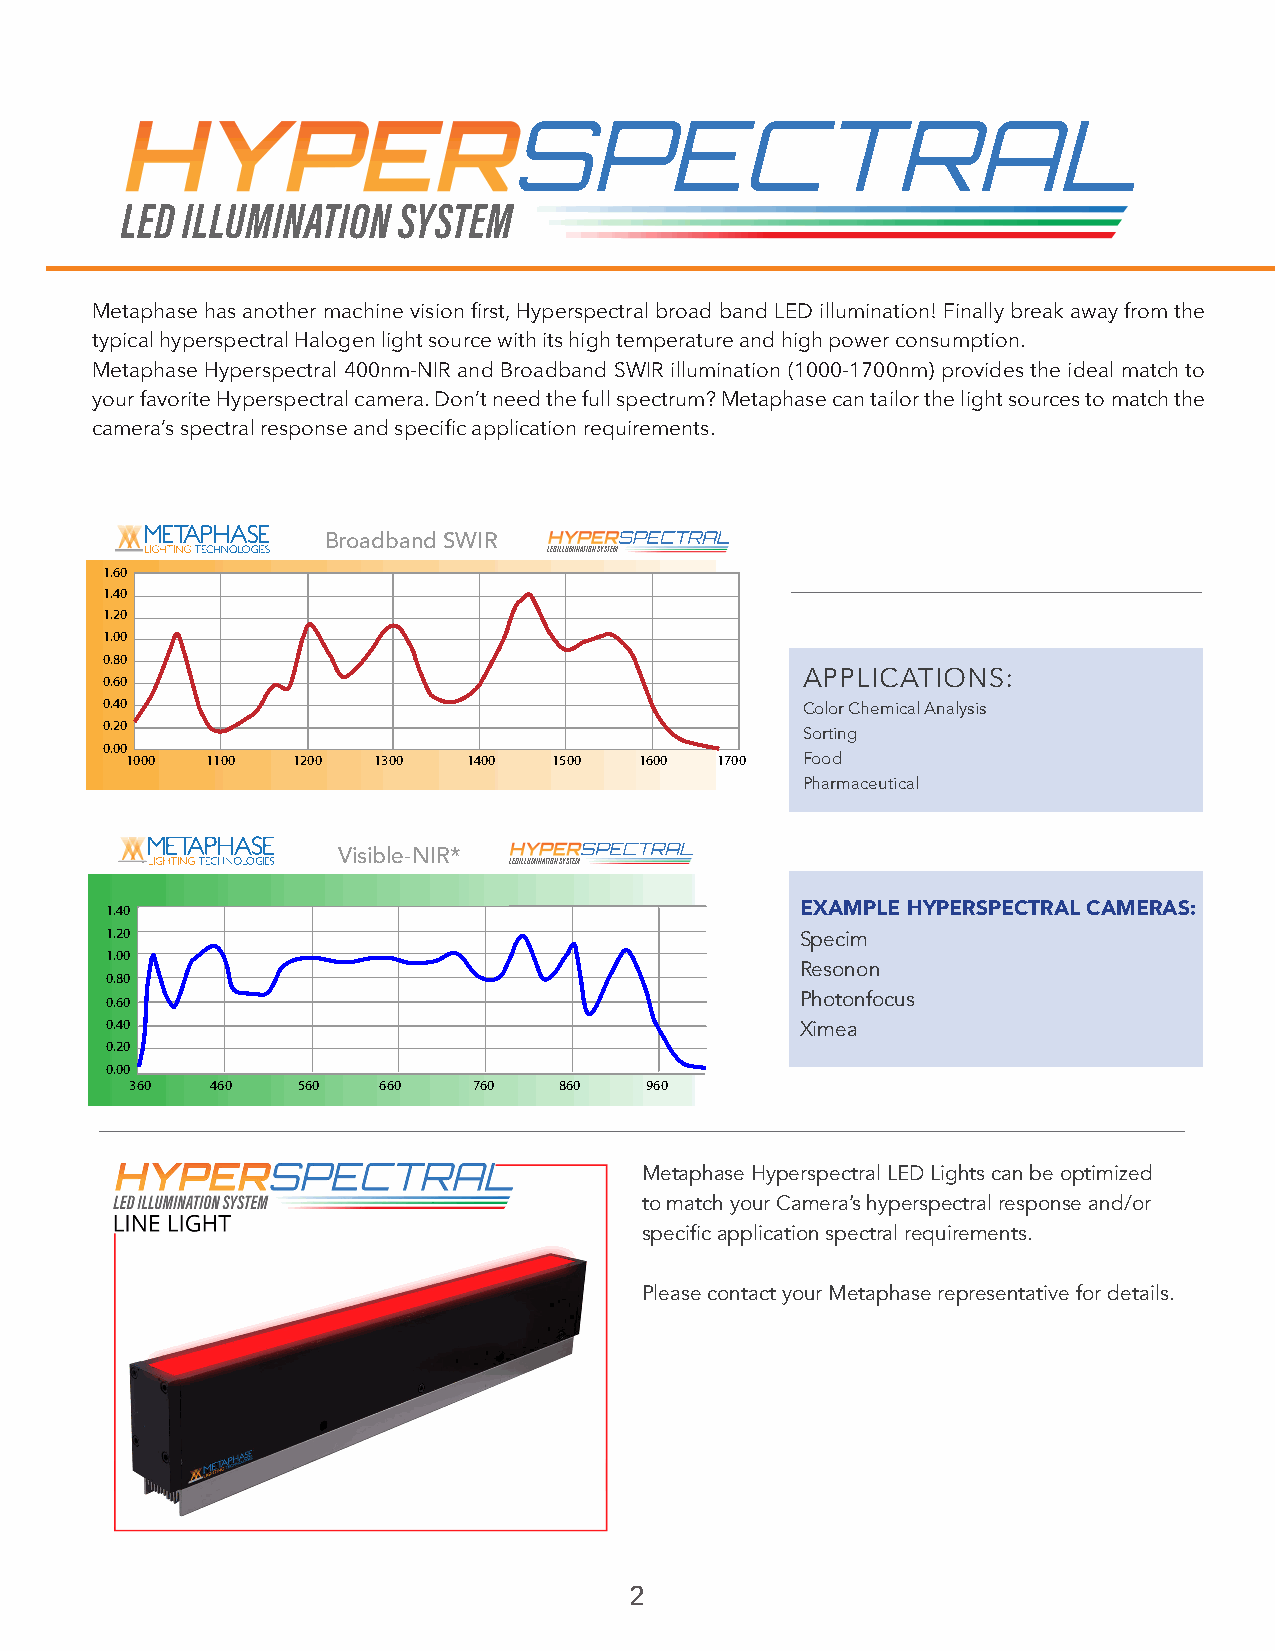
Metaphase has another machine vision first, Hyperspectral broad band LED illumination! Finally break away from the
 typical hyperspectral Halogen light source with its high temperature and high power consumption.
 Metaphase Hyperspectral 400nm-NIR and Broadband SWIR illumination (1000-1700nm) provides the ideal match to
 your favorite Hyperspectral camera. Don’t need the full spectrum? Metaphase can tailor the light sources to match the
 camera’s spectral response and specific application requirements.
 Broadband SWIR
 LED ILLUMINATION SYSTEM
 1.60
 1.40
 1.20
 1.00
 0.80
 0.60                                          APPLICATIONS:
 0.40                                          Color Chemical Analysis
 0.20
 Sorting
 0.00
 1000  1100 1200  1300  1400  1500 1600 1700  Food
 Pharmaceutical
 Visible-NIR*
 LED ILLUMINATION SYSTEM
 1.40                                          EXAMPLE HYPERSPECTRAL CAMERAS:
 1.20                                          Specim
 1.00
 Resonon
 0.80
 0.60                                          Photonfocus
 0.40                                          Ximea
 0.20
 0.00
 360  460   560  660   760   860   960
 Metaphase Hyperspectral LED Lights can be optimized
 to match your Camera’s hyperspectral response and/or
 specific application spectral requirements.
 Please contact your Metaphase representative for details.
 2